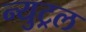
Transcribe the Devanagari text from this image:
न्युट्रल